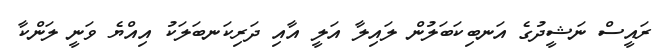
ރައީސް ނަޝީދުގެ އަނބިކަބަލުން ލައިލާ އަލީ އާއި ދަރިކަނބަލަކު އިއްޔެ ވަނީ ލަންކާ